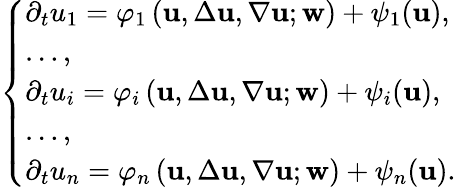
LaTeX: \left\{ \begin{array}{ll}{\displaystyle{\partial_{t}u_{1}={\varphi}_{1}\left({\mathbf u},\Delta{\mathbf u},\nabla{\mathbf u};{\mathbf w}\right)+\psi_{1}({\mathbf u})},}\\ {\displaystyle{\ldots,}}\\ {\displaystyle{\partial_{t}u_{i}={\varphi}_{i}\left({\mathbf u},\Delta{\mathbf u},\nabla{\mathbf u};{\mathbf w}\right)+\psi_{i}({\mathbf u})},}\\ {\displaystyle{\ldots,}}\\ {\displaystyle{\partial_{t}u_{n}={\varphi}_{n}\left({\mathbf u},\Delta{\mathbf u},\nabla{\mathbf u};{\mathbf w}\right)+\psi_{n}({\mathbf u})}.}\end{array}\right.